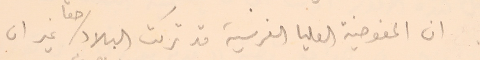
ان المفوضية العليا الفرنسية قد تركت البلاد حقاً غير ان